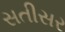
સતીસર